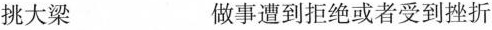
挑大梁 做事遭到拒绝或者受到挫折